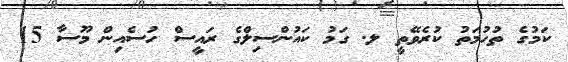
ކަމުގެ ތުހުމަތު ކުރެވޭތީ ލ. ގަމު ކައުންސިލްގެ ރައީސް ހުސެއިން މޫސާ 15